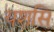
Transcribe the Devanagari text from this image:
यशसि